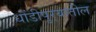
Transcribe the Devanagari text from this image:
धोंडीपुर्‍यातील